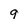
Character: 9